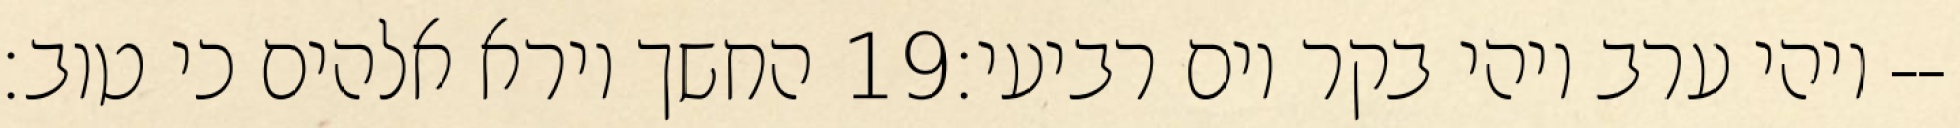
החשך וירא אלהים כי טוב׃ ‎19‏ ויהי ערב ויהי בקר יום רביעי׃--